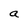
Character: a